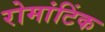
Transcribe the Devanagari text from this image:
रोमांटिंक